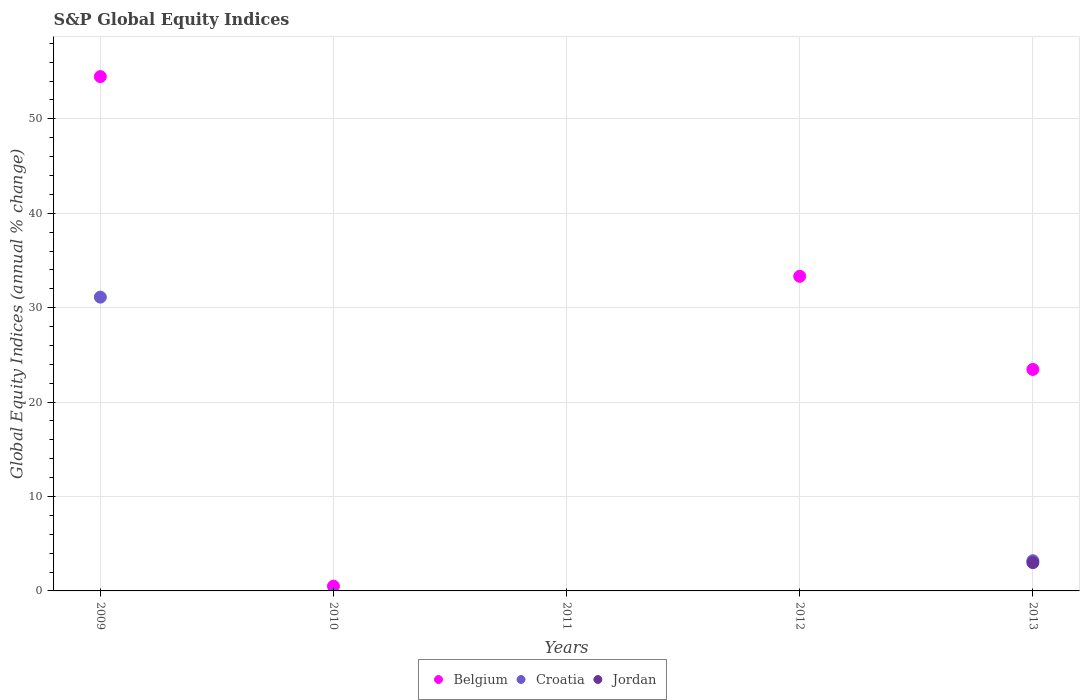
| Years | Belgium | Croatia | Jordan |
 | --- | --- | --- | --- |
 | 2009 | 54.5 | 31.1 | -13.9 |
 | 2010 | 0.503 | -0.404 | -8.57 |
 | 2011 | -15.1 | -30.3 | -16.2 |
 | 2012 | 33.3 | -5.2 | -5.14 |
 | 2013 | 23.5 | 3.2 | 3 |